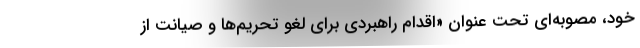
خود، مصوبه‌ای تحت عنوان «اقدام راهبردی برای لغو تحریم‌ها و صیانت از